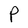
Character: P